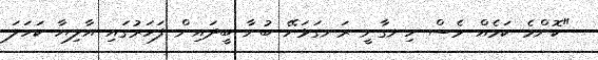
"ކޮންމެ ކަމެއް ވެސް ހިނގާނީ ރަނގަޅަށޭ ބުނާ ބީދައިން ފަހަރުގައި އާލިޔާ ކަހަލަ